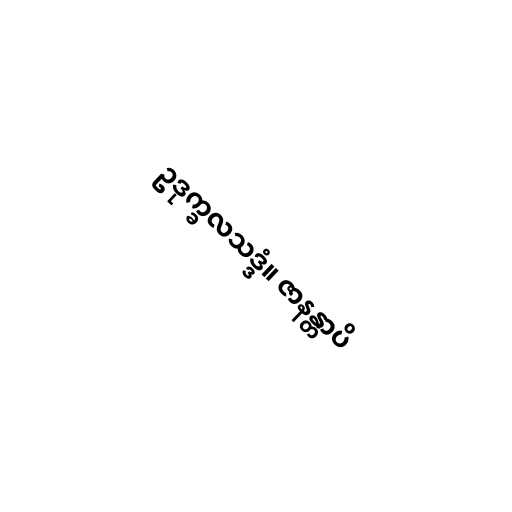
ဥဒုက္ခလသဒ္ဒံ။ ဇာနန္တာပိ